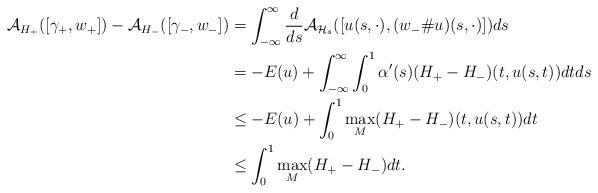
LaTeX: \begin{align*} \mathcal A_{H_+}([\gamma_+, w_+]) - \mathcal A_{H_-}([\gamma_-, w_-]) & = \int_{-\infty}^{\infty} \frac{d}{ds} \mathcal A_{\mathcal H_s}([u(s,\cdot), (w_- \#u)(s,\cdot)]) ds \\&= -E(u) + \int_{-\infty}^{\infty}\int_0^1 \alpha'(s) (H_+ - H_-) (t, u(s,t))dtds \\& \leq -E(u) + \int_0^1 \max_M (H_+ - H_-) (t ,u(s, t))dt\\& \leq \int_0^1 \max_M (H_+ - H_-) dt.\end{align*}